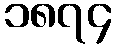
၁၈၇၄